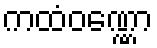
ကထံဝဏ္ဏော